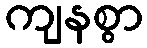
ကျနစွာ